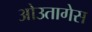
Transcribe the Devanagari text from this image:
ओउतागेस